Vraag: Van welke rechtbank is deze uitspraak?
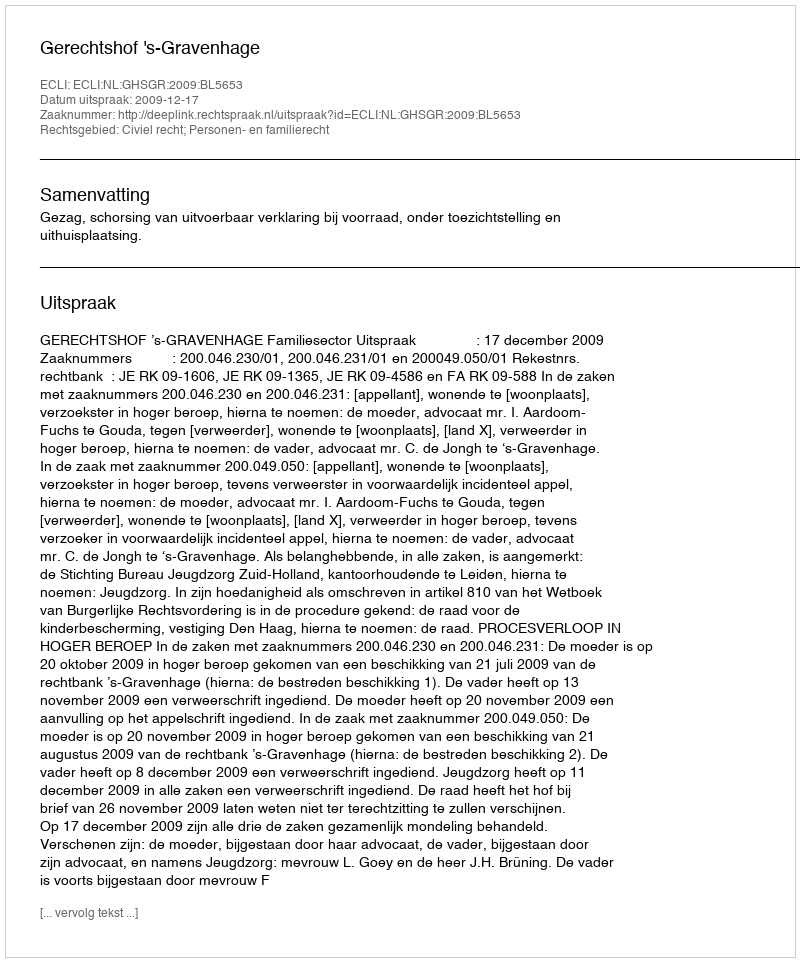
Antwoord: Gerechtshof 's-Gravenhage